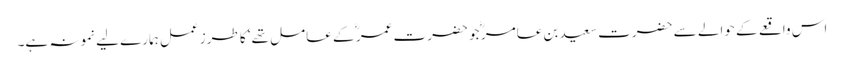
اس واقعے کے حوالے سے حضرت سعید بن عامر ؓ جو حضرت عمر ؓ کے عامل تھے‘ کا طرز عمل ہمارے لیے نمونہ ہے۔